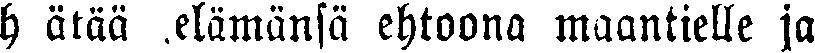
h ätää elämänsä ehtoona maantielle ja